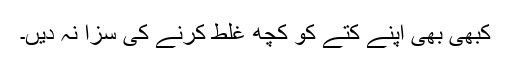
کبھی بھی اپنے کتے کو کچھ غلط کرنے کی سزا نہ دیں۔